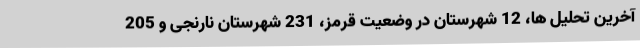
آخرین تحلیل ها، 12 شهرستان در وضعیت قرمز، 231 شهرستان نارنجی و 205